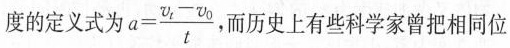
度的定义式为 $$a= \frac{\upsilon _{t}- \upsilon _{0}}{t}$$,而历史上有些科学家曾把相同位